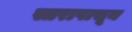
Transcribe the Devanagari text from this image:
स्तरापासून